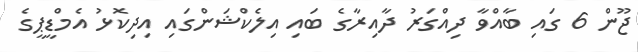
ޖޫން 6 ގައި ބާއްވާ ދިއްގަރު ދާއިރާގެ ބައި އިލެކްޝަންގައި އިދިކޮޅު އެމްޑީޕީގެ